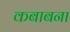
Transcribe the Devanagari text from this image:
कबाबना